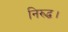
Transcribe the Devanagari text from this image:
निरुद्ध।